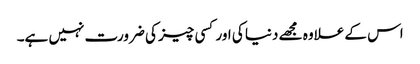
اس کے علاوہ مجھے دنیا کی اور کسی چیز کی ضرورت نہیں ہے۔